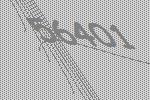
56401